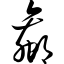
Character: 蠃